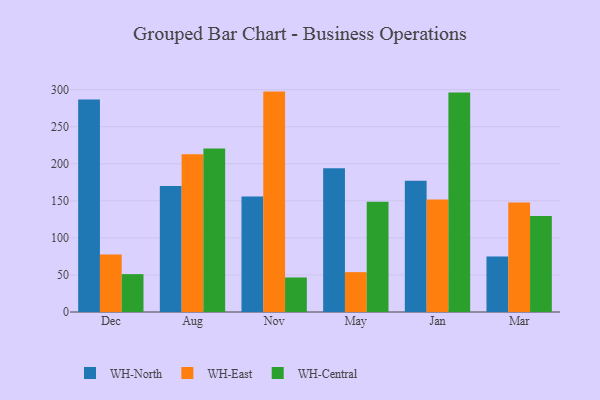
{"axis": {"x": "Month", "y": "Bounce Rate (%)"}, "legend": ["WH-Central", "WH-East", "WH-North"], "data": [{"x": "Dec", "y": 286.9, "type": "WH-North"}, {"x": "Dec", "y": 77.6, "type": "WH-East"}, {"x": "Dec", "y": 51.1, "type": "WH-Central"}, {"x": "Aug", "y": 169.9, "type": "WH-North"}, {"x": "Aug", "y": 212.9, "type": "WH-East"}, {"x": "Aug", "y": 220.5, "type": "WH-Central"}, {"x": "Nov", "y": 155.7, "type": "WH-North"}, {"x": "Nov", "y": 297.4, "type": "WH-East"}, {"x": "Nov", "y": 46.6, "type": "WH-Central"}, {"x": "May", "y": 193.9, "type": "WH-North"}, {"x": "May", "y": 53.8, "type": "WH-East"}, {"x": "May", "y": 148.9, "type": "WH-Central"}, {"x": "Jan", "y": 177.0, "type": "WH-North"}, {"x": "Jan", "y": 151.7, "type": "WH-East"}, {"x": "Jan", "y": 296.2, "type": "WH-Central"}, {"x": "Mar", "y": 74.9, "type": "WH-North"}, {"x": "Mar", "y": 147.8, "type": "WH-East"}, {"x": "Mar", "y": 129.4, "type": "WH-Central"}]}